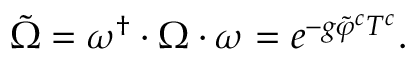
\tilde { \Omega } = \omega ^ { \dagger } \cdot \Omega \cdot \omega = e ^ { - g \tilde { \varphi } ^ { c } T ^ { c } } .